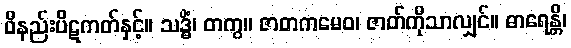
ဝိနည်းပိဋကတ်နှင့်။ သဒ္ဓိံ၊ တကွ။ ဇာတကမေဝ၊ ဇာတ်ကိုသာလျှင်။ ဓာရေန္တိ၊